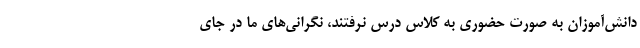
دانش‌آموزان به صورت حضوری به کلاس درس نرفتند، نگرانی‌های ما در جای